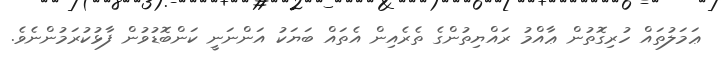
ޢަމަލުތައް ހުރިގޮތުން ޢާއްމު ރައްޔިތުންގެ ތެރެއިން އެތައް ބަޔަކު އަންނަނީ ކަންބޮޑުވުން ފާޅުކުރަމުންނެވެ.